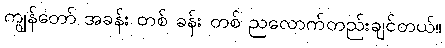
ကျွန်တော် အခန်း တစ် ခန်း တစ် ညလောက်တည်းချင်တယ်။